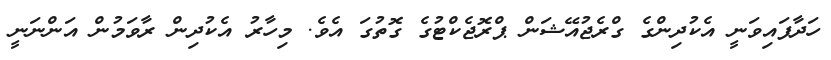
ހަދާފައިވަނީ އެކުދިންގެ ގްރެޖުއޭޝަން ޕްރޮޖެކްޓުގެ ގޮތުގަ އެވެ. މިހާރު އެކުދިން ރާވަމުން އަންނަނީ